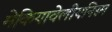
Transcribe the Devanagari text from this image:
मेकियावेलीयनिस्म